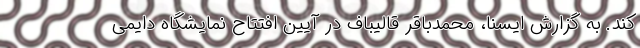
کند. به گزارش ایسنا، محمدباقر قالیباف در آیین افتتاح نمایشگاه دایمی